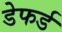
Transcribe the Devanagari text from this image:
डेफर्ड